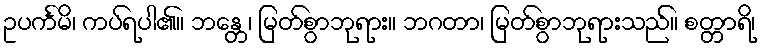
ဥပင်္ကမိ၊ ကပ်ရပါ၏။ ဘန္တေ၊ မြတ်စွာဘုရား။ ဘဂတာ၊ မြတ်စွာဘုရားသည်။ စတ္တာရိ၊